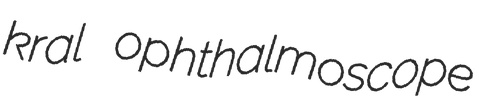
kral ophthalmoscope